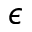
\epsilon